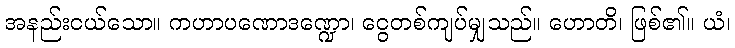
အနည်းငယ်သော။ ကဟာပဏောဒဏ္ဍော၊ ငွေတစ်ကျပ်မျှသည်။ ဟောတိ၊ ဖြစ်၏။ ယံ၊